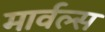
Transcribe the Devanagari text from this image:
मार्वल्स